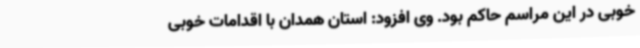
خوبی در این مراسم حاکم بود. وی افزود: استان همدان با اقدامات خوبی